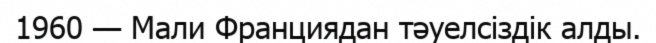
1960 — Мали Франциядан тәуелсіздік алды.